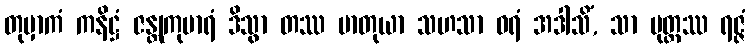
တုမှာကံ ကနိဋ္ဌံ ဇန္တုကုမာရံ ဒိသွာ တဿ မာတုယာ သဟသာ ဝရံ အဒါသိံ, သာ ပုတ္တဿ ရဇ္ဇံ